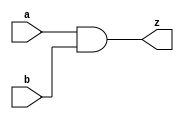
module MyAnd(a,b,z);

input a,b;
output z;

assign z = a & b;

endmodule